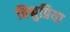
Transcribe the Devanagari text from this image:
बिश्नुप्रिया